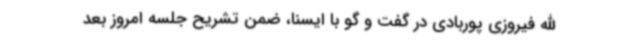
الله فیروزی پوربادی در گفت و گو با ایسنا، ضمن تشریح جلسه امروز بعد